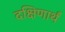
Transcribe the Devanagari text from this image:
दक्षिणार्थं